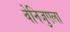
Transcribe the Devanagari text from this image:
वेनिजुएला